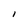
Character: 1